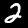
Label: 2